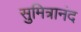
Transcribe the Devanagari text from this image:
सुमित्रानंद